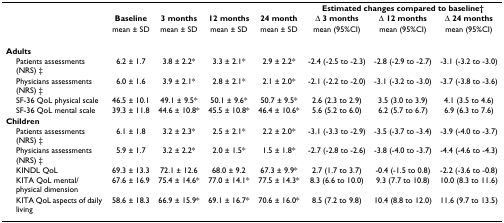
<table><thead><tr><td></td><td></td><td></td><td></td><td></td><td colspan="3"><b>Estimated changes compared to baseline†</b></td></tr><tr><td></td><td><b>Baseline</b></td><td><b>3 months</b></td><td><b>12 months</b></td><td><b>24 month</b></td><td><b>Δ 3 months</b></td><td><b>Δ 12 months</b></td><td><b>Δ 24 months</b></td></tr><tr><td></td><td><b>mean ± SD</b></td><td><b>mean ± SD</b></td><td><b>mean ± SD</b></td><td><b>mean ± SD</b></td><td><b>mean (95%CI)</b></td><td><b>mean (95%CI)</b></td><td><b>mean (95%CI)</b></td></tr></thead><tbody><tr><td colspan="8"><b>Adults</b></td></tr><tr><td> Patients assessments (NRS) ‡</td><td>6.2 ± 1.7</td><td>3.8 ± 2.2*</td><td>3.3 ± 2.1*</td><td>2.9 ± 2.2*</td><td>-2.4 (-2.5 to -2.3)</td><td>-2.8 (-2.9 to -2.7)</td><td>-3.1 (-3.2 to -3.0)</td></tr><tr><td> Physicians assessments (NRS) ‡</td><td>6.0 ± 1.6</td><td>3.9 ± 2.1*</td><td>2.8 ± 2.1*</td><td>2.1 ± 2.0*</td><td>-2.1 (-2.2 to -2.0)</td><td>-3.1 (-3.2 to -3.0)</td><td>-3.7 (-3.8 to -3.6)</td></tr><tr><td> SF-36 QoL physical scale</td><td>46.5 ± 10.1</td><td>49.1 ± 9.5*</td><td>50.1 ± 9.6*</td><td>50.7 ± 9.5*</td><td>2.6 (2.3 to 2.9)</td><td>3.5 (3.0 to 3.9)</td><td>4.1 (3.5 to 4.6)</td></tr><tr><td> SF-36 QoL mental scale</td><td>39.3 ± 11.8</td><td>44.6 ± 10.8*</td><td>45.5 ± 10.8*</td><td>46.4 ± 10.6*</td><td>5.6 (5.2 to 6.0)</td><td>6.2 (5.7 to 6.7)</td><td>6.9 (6.3 to 7.6)</td></tr><tr><td colspan="8"><b>Children</b></td></tr><tr><td> Patients assessments (NRS) ‡</td><td>6.1 ± 1.8</td><td>3.2 ± 2.3*</td><td>2.5 ± 2.1*</td><td>2.2 ± 2.0*</td><td>-3.1 (-3.3 to -2.9)</td><td>-3.5 (-3.7 to -3.4)</td><td>-3.9 (-4.0 to -3.7)</td></tr><tr><td> Physicians assessments (NRS) ‡</td><td>5.9 ± 1.7</td><td>3.2 ± 2.2*</td><td>2.0 ± 1.5*</td><td>1.5 ± 1.8*</td><td>-2.7 (-2.8 to -2.6)</td><td>-3.8 (-4.0 to -3.7)</td><td>-4.4 (-4.6 to -4.3)</td></tr><tr><td> KINDL QoL</td><td>69.3 ± 13.3</td><td>72.1 ± 12.6</td><td>68.0 ± 9.2</td><td>67.3 ± 9.9*</td><td>2.7 (1.7 to 3.7)</td><td>-0.4 (-1.5 to 0.8)</td><td>-2.2 (-3.6 to -0.8)</td></tr><tr><td> KITA QoL mental/physical dimension</td><td>67.6 ± 16.9</td><td>75.4 ± 14.6*</td><td>77.0 ± 14.1*</td><td>77.5 ± 14.3*</td><td>8.3 (6.6 to 10.0)</td><td>9.3 (7.7 to 10.8)</td><td>10.0 (8.3 to 11.6)</td></tr><tr><td> KITA QoL aspects of daily living</td><td>58.6 ± 18.3</td><td>66.9 ± 15.9*</td><td>69.1 ± 16.7*</td><td>70.6 ± 16.0*</td><td>8.5 (7.2 to 9.8)</td><td>10.4 (8.8 to 12.0)</td><td>11.6 (9.7 to 13.5)</td></tr></tbody></table>